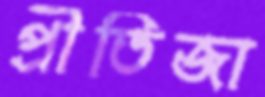
প্রীতিজা